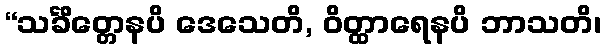
“သင်္ခိတ္တေနပိ ဒေသေတိ, ဝိတ္ထာရေနပိ ဘာသတိ၊